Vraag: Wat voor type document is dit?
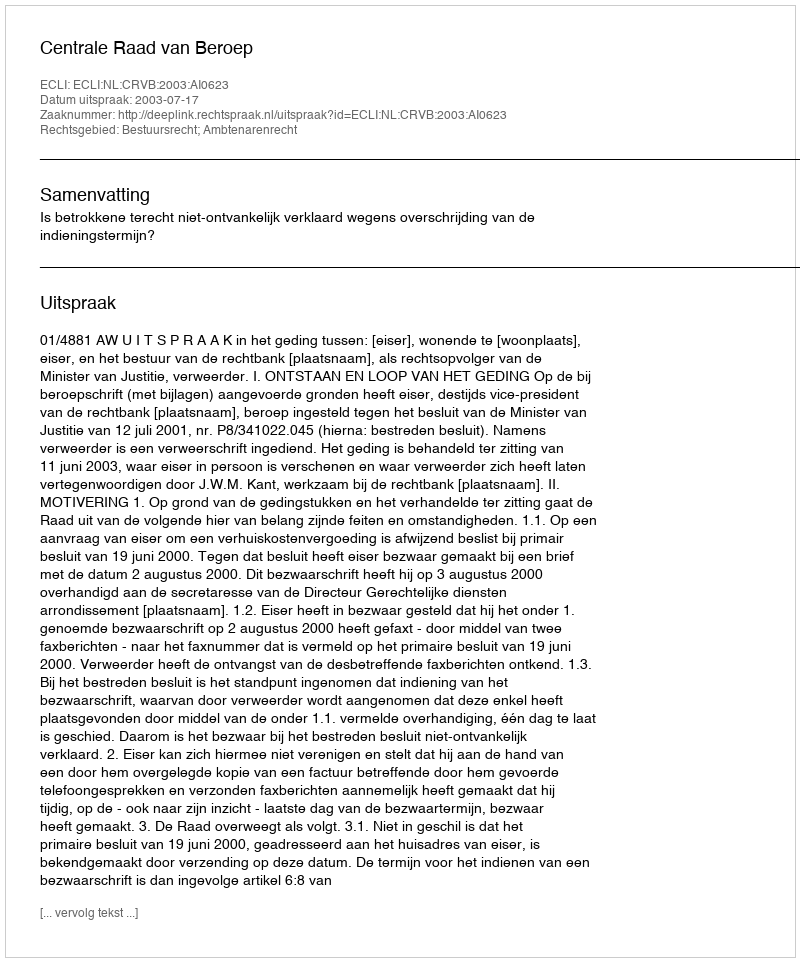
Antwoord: Uitspraak